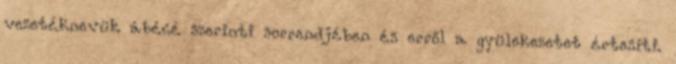
vezetéknevük ábécé szerinti sorrendjében és erről a gyülekezetet értesíti.